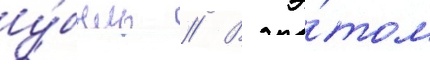
у́быль // В э́том